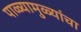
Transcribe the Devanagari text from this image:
पाळ्यामुळ्यांचा